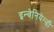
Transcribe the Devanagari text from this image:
इन्वेनियेन्डी